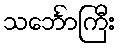
သင်္ဘောကြီး